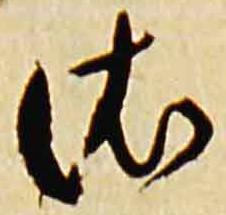
依